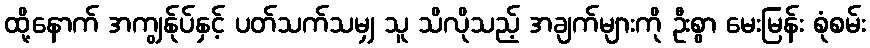
ထို့နောက် အကျွန်ုပ်နှင့် ပတ်သက်သမျှ သူ သိလိုသည့် အချက်များကို ဦးစွာ မေးမြန်း စုံစမ်း